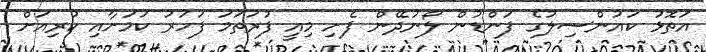
އަތޮޅު ކައުންސިލުގެ ފަންޑުން ލޯނުދޭން ފެށި މިއީ ފުރަތަމަ ފަހަރު ކަމަށާއި ކުރިއަށް